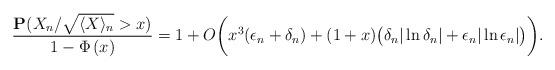
LaTeX: \begin{align*} \frac{\mathbf{P}(X_n /\sqrt{ \langle X\rangle_n } >x)}{1-\Phi \left( x\right)} = 1+ O \bigg( x^3 (\epsilon_n + \delta_n)+ (1+ x ) \big( \delta_n|\ln \delta_n| + \epsilon_n|\ln \epsilon_n| \big) \bigg).\end{align*}